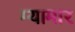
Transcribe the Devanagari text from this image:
म्यामार